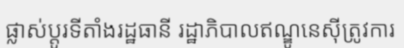
ផ្លាស់ប្តូរទីតាំងរដ្ឋធានី រដ្ឋាភិបាលឥណ្ឌូនេស៊ីត្រូវការ